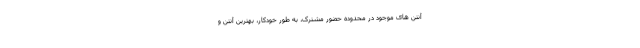
آنتن های موجود در محدوده حضور مشترک، به طور خودکار، بهترین آنتن و